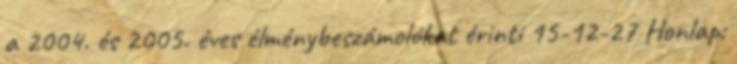
a 2004. és 2005. éves élménybeszámolókat érinti 15-12-27 Honlap: